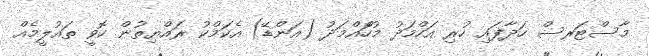
މާސްޓަރސް ހަދާފައި ހުރި އަހްމަދު މުހަްއްމަދު (އަންޑޭ) އެކަމްކު ރައްޔިތުން ހޮވީ ތައުލީމެއް